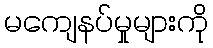
မကျေနပ်မှုများကို